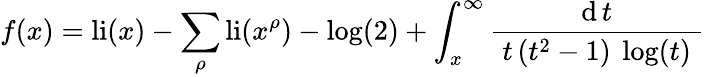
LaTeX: f(x)=\operatorname{li}(x)-\sum_{\rho}\operatorname{li}(x^{\rho})-\log(2)+\int_{x}^{\infty}{\frac{\operatorname{d}t}{~t\, (t^{2}-1)~\log(t)~}}